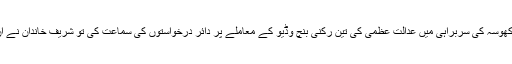
ہم اس فیصلے پر پہنچے ہیں کہ حکمت عملی پر نظرثانی کی جائے، چیف جسٹس آصف سعید کھوسہ کی سربراہی میں عدالت عظمیٰ کی تین رکنی بنچ وڈیو کے معاملے پر دائر درخواستوں کی سماعت کی تو شریف خاندان نے ان میں فریق نہ بننے کا فیصلہ کیا تھا، سماعت پر عدالت نے انہیں نوٹس بھی جاری نہیں کئے۔